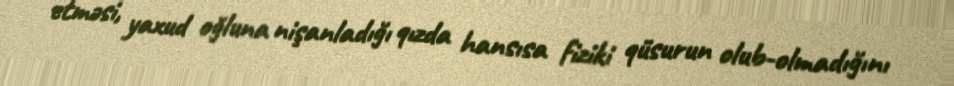
etməsi, yaxud oğluna nişanladığı qızda hansısa fiziki qüsurun olub-olmadığını